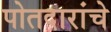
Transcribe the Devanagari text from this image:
पोतदारांचे